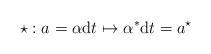
LaTeX: \begin{align*}\star:a=\alpha\mathrm{d}t\mapsto{\alpha}^\ast\mathrm{d}t=a^\star\end{align*}